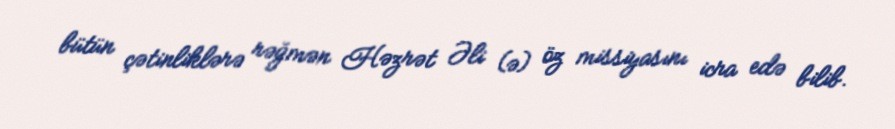
bütün çətinliklərə rəğmən Həzrət Əli (ə) öz missiyasını icra edə bilib.